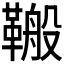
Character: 𮧣